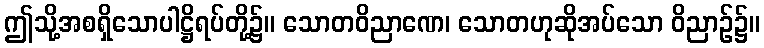
ဤသို့အစရှိသောပါဋ္ဌိရပ်တို့၌။ သောတဝိညာဏေ၊ သောတဟုဆိုအပ်သော ဝိညာဉ်၌။